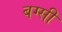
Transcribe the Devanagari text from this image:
बग्सी